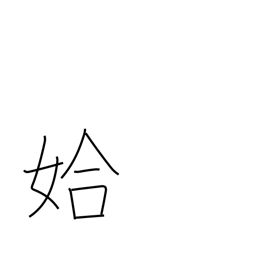
Meaning: good-looking